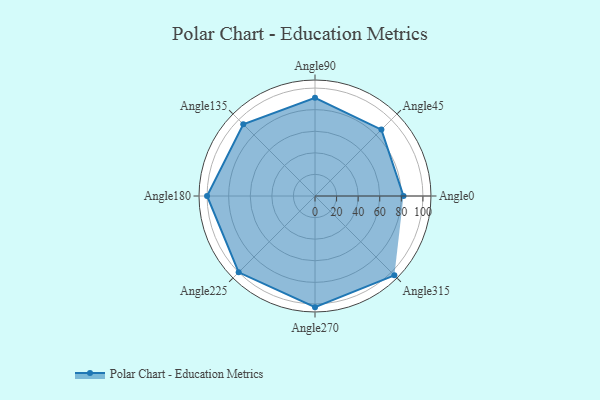
{"axis": {"x": "Angle", "y": "Radius"}, "legend": [""], "data": [{"x": "Angle0", "y": 82.0, "type": ""}, {"x": "Angle45", "y": 87.0, "type": ""}, {"x": "Angle90", "y": 91.0, "type": ""}, {"x": "Angle135", "y": 94.0, "type": ""}, {"x": "Angle180", "y": 100.0, "type": ""}, {"x": "Angle225", "y": 100.0, "type": ""}, {"x": "Angle270", "y": 103.0, "type": ""}, {"x": "Angle315", "y": 104.0, "type": ""}]}